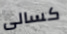
كسالى